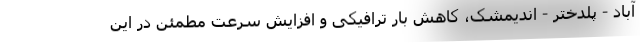
آباد - پلدختر - اندیمشک، کاهش بار ترافیکی و افزایش سرعت مطمئن در این